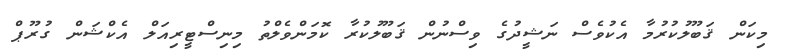
މިކަން ޤަބޫލުކުރުމާ އެކުވެސް ނަޝީދުގެ ވިސްނުން ޤަބޫލުކުރާ ކޮމަންވެލްތު މިނިސްޓީރިއަލް އެކްޝަން ގުރޫޕް